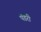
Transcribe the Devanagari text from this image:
पंडरी